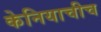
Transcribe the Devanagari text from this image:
केनियाचीच